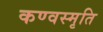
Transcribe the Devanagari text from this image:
कण्वस्मृति